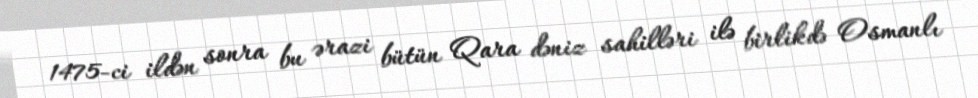
1475-ci ildən sonra bu ərazi bütün Qara dəniz sahilləri ilə birlikdə Osmanlı